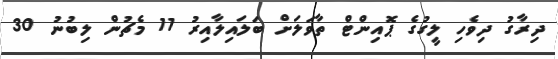
ދިރާގު ދިވެހި ލީގުގެ ޕޮއިންޓް ތާވަލަށް ބަލައިލާއިރު 11 މެޗުން ލިބުނު 30